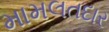
મામલતદાર